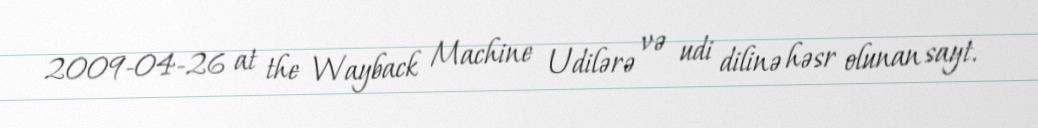
2009-04-26 at the Wayback Machine Udilərə və udi dilinə həsr olunan sayt.